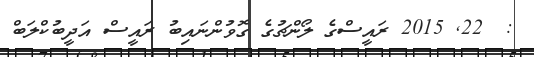
:  22